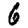
Digit: 6